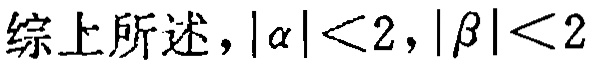
综上所述，\(\vert \alpha\vert<2\)，\(\vert \beta\vert<2\)